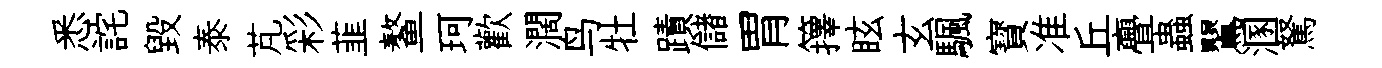
悉詫毁泰芃彩韮鳌珂歡濶鸟牡蹟儲胃籜眩玄颿寳准丘亹蟲鸎溷駑